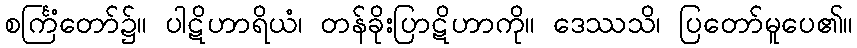
စင်္ကြံတော်၌။ ပါဋိဟာရိယံ၊ တန်ခိုးပြာဋိဟာကို။ ဒေဿသိ၊ ပြတော်မူပေ၏။